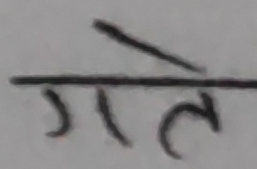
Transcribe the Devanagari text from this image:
गते